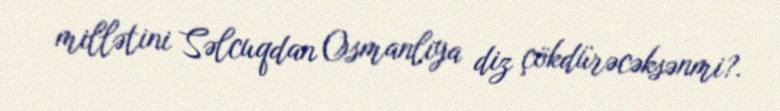
millətini Səlcuqdan Osmanlıya diz çökdürəcəksənmi?.